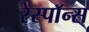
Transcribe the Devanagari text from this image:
रेस्पाॅन्स